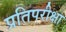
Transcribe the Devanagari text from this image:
प्रतिपरीक्षा